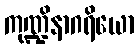
ကုဏ္ဍိနာဂရိယော